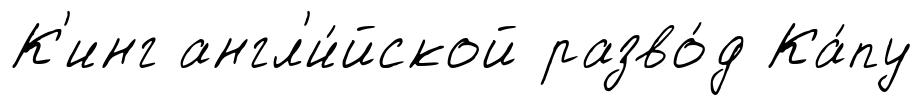
К'инг англ'и́йской разво́д Ка́пу